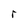
Character: r